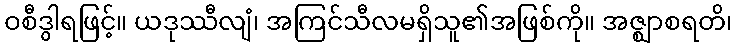
ဝစီဒွါရဖြင့်။ ယဒုဿီလျံ၊ အကြင်သီလမရှိသူ၏အဖြစ်ကို။ အဇ္ဈာစရတိ၊